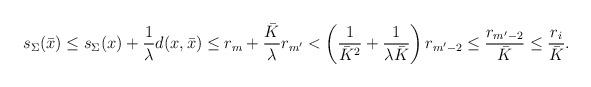
LaTeX: \begin{align*} s_\Sigma(\bar x) &\le s_\Sigma (x) + \frac{1}{\lambda} d(x,\bar x) \le r_m + \frac{\bar K}\lambda r_{m'} < \left(\frac 1{\bar K^2} + \frac 1{\lambda\bar K}\right) r_{m'-2}\le \frac{r_{m'-2}}{\bar K} \le \frac{r_i}{\bar K}.\end{align*}